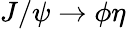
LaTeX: J/\psi\rightarrow\phi\eta